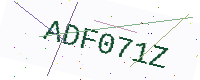
Text: ADF071Z